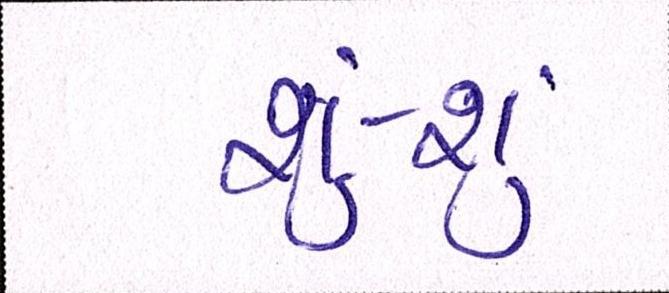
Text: શું-શું